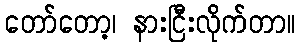
တော်တော့၊ နားငြီးလိုက်တာ။